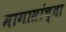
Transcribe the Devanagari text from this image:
मागासांच्या